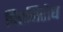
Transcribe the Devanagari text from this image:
चित्तनिरोध